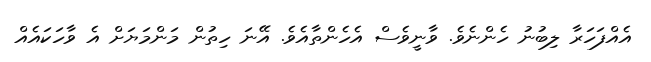
އެއްފަހަރާ ލިބުނު ހެންނެވެ. ވާނީވެސް އެހެންތާއެވެ. އޭނަ ހިތުން މަންމަޔަށް އެ ވާހަކައެއް